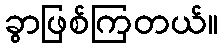
ခွာဖြစ်ကြတယ်။